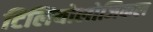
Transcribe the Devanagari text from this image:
टिलियोलोजिकल